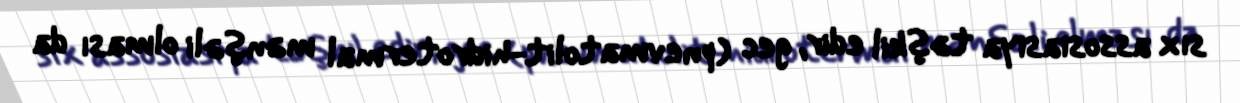
sıx assosiasiya təşkil edir, gec (pnevmatolit-hidrotermal mənşəli olması da